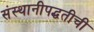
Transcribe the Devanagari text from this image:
संस्थानीपद्धतीची